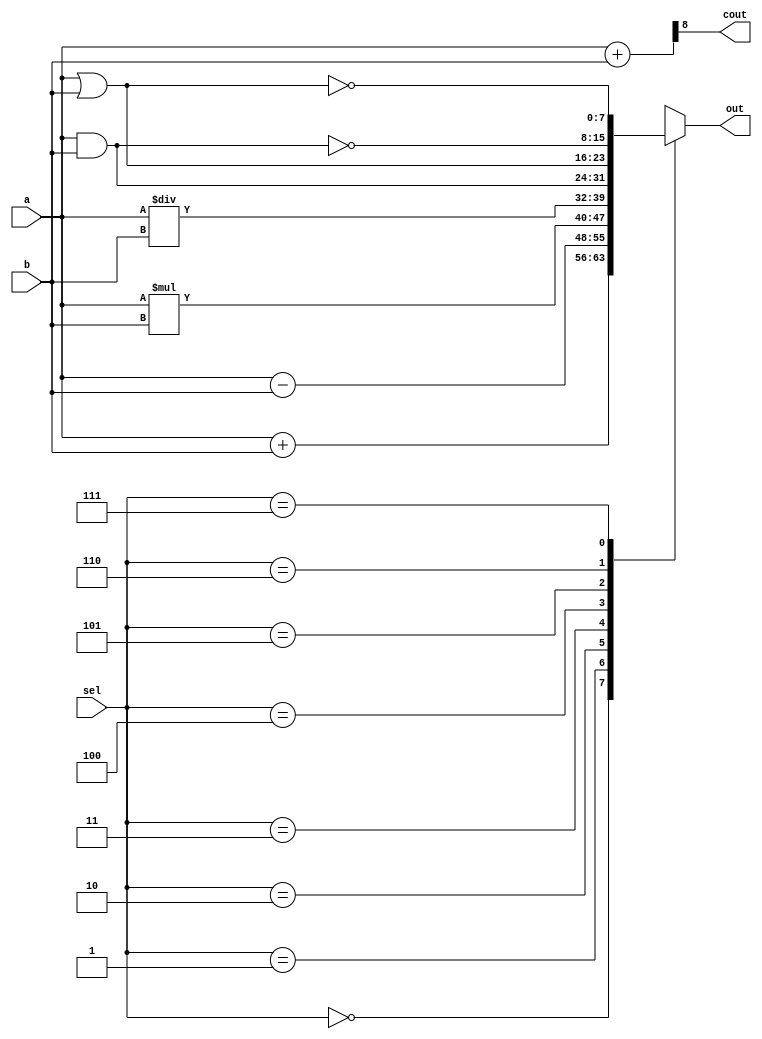
module alu(input[7:0] a, b, input[2:0] sel, output[7:0] out, output cout);

reg [7:0] alu_result;
wire [8:0] tmp;
assign out = alu_result;

// initially a & b are 0
assign tmp = {1'b0, a} + {1'b0, b};
assign cout = tmp[8];

// clock pulse: all operation selected
always @(*)

begin

case (sel)
3'b000: alu_result = a + b;
3'b001: alu_result = a - b;
3'b010: alu_result = a * b;
3'b011: alu_result = a / b;
3'b100: alu_result = a & b;
3'b101: alu_result = a | b;
3'b110: alu_result = ~(a & b);
3'b111: alu_result = ~(a | b);
default: alu_result = a % b;
endcase

end

endmodule